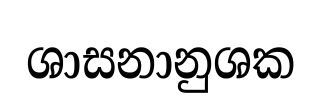
ශාසනානුශක